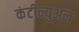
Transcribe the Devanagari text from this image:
कंटीन्युअल